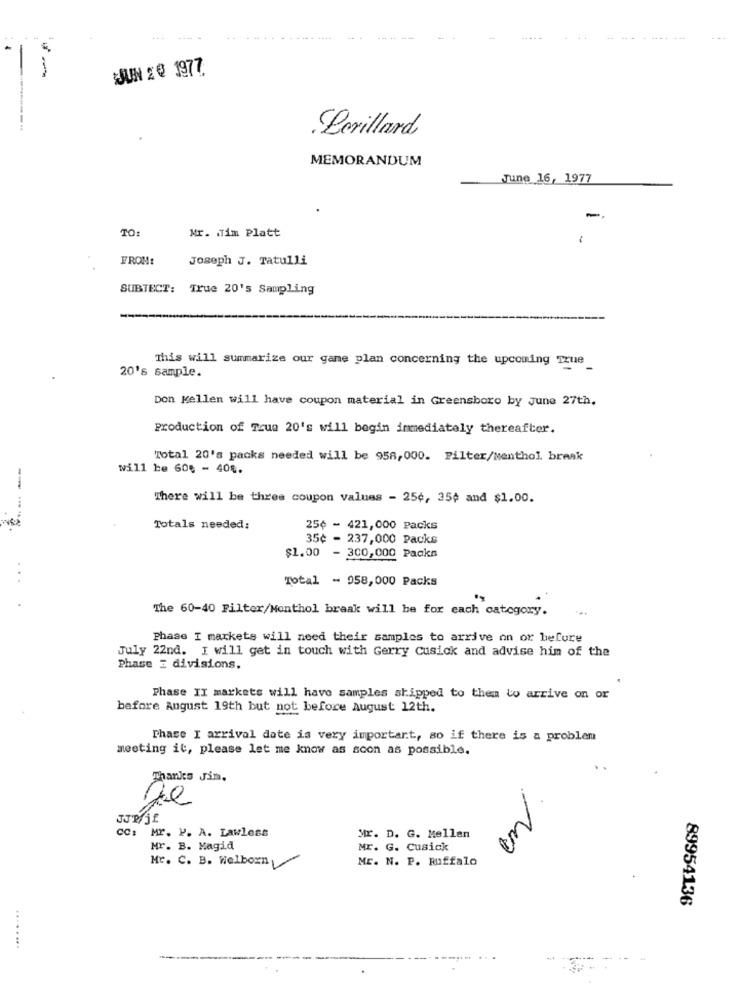
JUN 2 @ 1977.
Perillard
MEMORANDUM
June 16, 1977
TO
Mr. . im Platt
FROM:
Joseph J. Tatulli
SUBJECT: True 20's Sampling
20's sample.
This will summarize our game plan concerning the upcoming True_
Don Kellen will have coupon material in Greensboro by June 27th.
Production of True 20's will begin immediately thereafter.
Total 20's packs needed will be 958,000. Filter/Menthol. break
will be 608 - 408.
There will be three coupon values - 25¢, 35¢ and $1.00.
----.
Totals needed:
25¢ - 421,000 Packs
35¢ - 237,000 Packs
$1.00
- 300,000 Packs
...
Total - 958,000 Packs
The 60-40 Filter/Monthol break will be for each category.
Phase I markets will need their samples to arrive on or before
July 22nd. I will get in touch with Gerry Cusick and advise him of the
Phase : divisions.
Phase II markets will have samples shipped to them to arrive on or
before August 19th but not before August 12th.
Thace I arrival date is very important, so if there is a problem
meeting it, please let me know as soon as possible.
Thanks Jim.
im
CC: Mr. P. A. Lawless
Mr. D. G. Mellan
Mr. B. Magid
ME. G. Cusick
Mr. C. B. Welborn
ME. N. P. Ruffalo
89954136
........